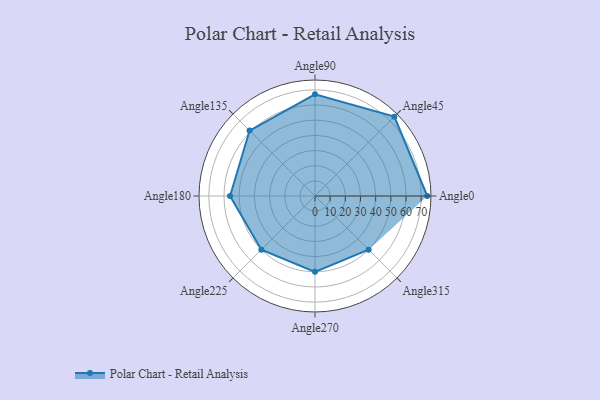
{"axis": {"x": "Angle", "y": "Radius"}, "legend": [""], "data": [{"x": "Angle0", "y": 74.0, "type": ""}, {"x": "Angle45", "y": 74.0, "type": ""}, {"x": "Angle90", "y": 67.0, "type": ""}, {"x": "Angle135", "y": 61.0, "type": ""}, {"x": "Angle180", "y": 56.0, "type": ""}, {"x": "Angle225", "y": 50, "type": ""}, {"x": "Angle270", "y": 50, "type": ""}, {"x": "Angle315", "y": 50, "type": ""}]}